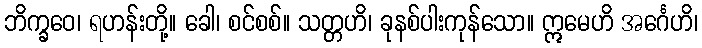
ဘိက္ခဝေ၊ ရဟန်းတို့။ ခေါ၊ စင်စစ်။ သတ္တဟိ၊ ခုနစ်ပါးကုန်သော။ ဣမေဟိ အင်္ဂေဟိ၊